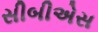
સીબીએસ